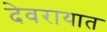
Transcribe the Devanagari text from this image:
देवरायात